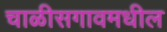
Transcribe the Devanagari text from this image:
चाळीसगावमधील